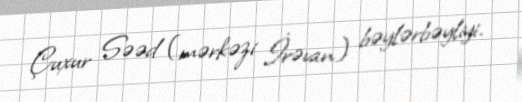
Çuxur Səəd (mərkəzi İrəvan) bəylərbəyliyi.